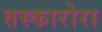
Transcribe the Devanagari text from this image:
तस्कारोरा